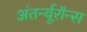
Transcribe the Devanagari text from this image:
अंतर्न्यूरॉन्स